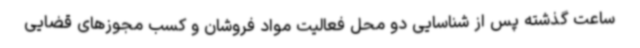
ساعت گذشته پس از شناسایی دو محل فعالیت مواد فروشان و کسب مجوزهای قضایی